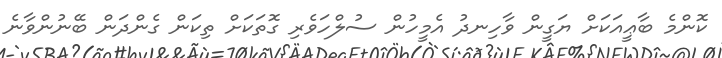
ކޮންމެ ބާޢީއަކަށް ޔަގީން ވާހިނދު އެމީހުން ސުލްހަވެރި ގޮތަކަށް ތިކަން ގެންދަން ބޭނުންވާނެ